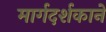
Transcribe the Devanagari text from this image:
मार्गदर्शकाने